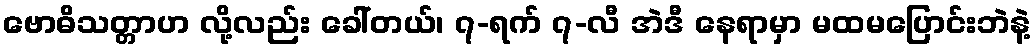
ဗောဓိသတ္တာဟ လို့လည်း ခေါ်တယ်၊ ၇-ရက် ၇-လီ အဲဒီ နေရာမှာ မထမပြောင်းဘဲနဲ့